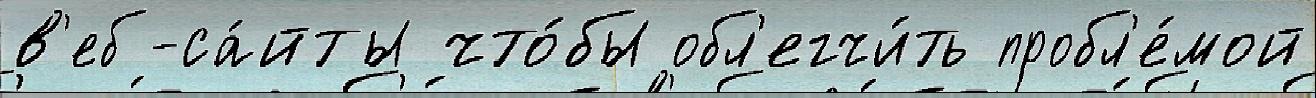
в'еб-са́йты что́бы обл'егчи́ть пробл'е́мой